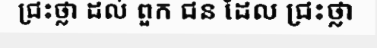
ជ្រះថ្លា ដល់ ពួក ជន ដែល ជ្រះថ្លា